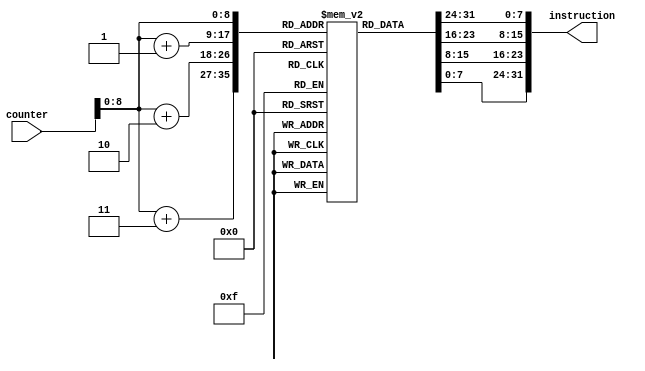
module InstructionMemory
(
	input wire [31:0]counter,
	output reg [31:0]instruction
);

	reg [7:0] Memory [0:511];
	
	always @(*)
		begin
			instruction <= {Memory[counter], Memory[counter+1], Memory[counter+2], Memory[counter+3]};
		end
		
	initial
		begin
			/* FILE */
			// $readmemb("C:\\\\Users\\\\...\\\\DataInit.list", Memory);
			
			/* LOCAL */
			// ADDI $1 $0 #1
			Memory[0]   <= 8'b00100000;
			Memory[1]   <= 8'b00000001;
			Memory[2]   <= 8'b00000000;
			Memory[3]   <= 8'b00000001;
			// LW $2 $0 #2
			Memory[4]   <= 8'b10001100;
			Memory[5]   <= 8'b00000010;
			Memory[6]   <= 8'b00000000;
			Memory[7]   <= 8'b00000010;
			// ADDI $3 $0 #6
			Memory[8]   <= 8'b00100000;
			Memory[9]   <= 8'b00000011;
			Memory[10]  <= 8'b00000000;
			Memory[11]  <= 8'b00000110;
			// LW $4 $0 #0
			Memory[12]  <= 8'b10001100;
			Memory[13]  <= 8'b00000100;
			Memory[14]  <= 8'b00000000;
			Memory[15]  <= 8'b00000000;
			// ADDI $5 $0 #2
			Memory[16]  <= 8'b00100000;
			Memory[17]  <= 8'b00000101;
			Memory[18]  <= 8'b00000000;
			Memory[19]  <= 8'b00000010;
			// LW $6 $0 #1
			Memory[20]  <= 8'b10001100;
			Memory[21]  <= 8'b00000110;
			Memory[22]  <= 8'b00000000;
			Memory[23]  <= 8'b00000001;
			// MULT $7 $4 $2
			Memory[24]  <= 8'b00000000;
			Memory[25]  <= 8'b01000100;
			Memory[26]  <= 8'b00111000;
			Memory[27]  <= 8'b00011000;
			// MULT $8 $2 $2
			Memory[28]  <= 8'b00000000;
			Memory[29]  <= 8'b01000010;
			Memory[30]  <= 8'b01000000;
			Memory[31]  <= 8'b00011000;
			// MULT $9 $1 $2
			Memory[32]  <= 8'b00000000;
			Memory[33]  <= 8'b00100011;
			Memory[34]  <= 8'b01001000;
			Memory[35]  <= 8'b00011000;
			// MULT $10 $5 $1
			Memory[36]  <= 8'b00000000;
			Memory[37]  <= 8'b00100101;
			Memory[38]  <= 8'b01010000;
			Memory[39]  <= 8'b00011000;
			// MULT $11 $6 $9
			Memory[40]  <= 8'b00000000;
			Memory[41]  <= 8'b11001001;
			Memory[42]  <= 8'b01011000;
			Memory[43]  <= 8'b00011000;
			// ADD $12 $8 $11
			Memory[44]  <= 8'b00000001;
			Memory[45]  <= 8'b00001011;
			Memory[46]  <= 8'b01100000;
			Memory[47]  <= 8'b00100000;
			// J #32
			Memory[48]  <= 8'b00001000;
			Memory[49]  <= 8'b00000000;
			Memory[50]  <= 8'b00000000;
			Memory[51]  <= 8'b00100000;
			// ADD $14 $7 $13
			Memory[52]  <= 8'b00000000;
			Memory[53]  <= 8'b11101101;
			Memory[54]  <= 8'b01110000;
			Memory[55]  <= 8'b00100000;
			// SUB $15 $7 $13
			Memory[56]  <= 8'b00000000;
			Memory[57]  <= 8'b11101101;
			Memory[58]  <= 8'b01111000;
			Memory[59]  <= 8'b00100010;
			// DIV $16 $14 $10
			Memory[60]  <= 8'b00000001;
			Memory[61]  <= 8'b11001010;
			Memory[62]  <= 8'b10000000;
			Memory[63]  <= 8'b00011010;
			// DIV $17 $15 $10
			Memory[64]  <= 8'b00000001;
			Memory[65]  <= 8'b11101010;
			Memory[66]  <= 8'b10001000;
			Memory[67]  <= 8'b00011010;
			// DIV $18 $7 $1
			Memory[68]  <= 8'b00000000;
			Memory[69]  <= 8'b11100001;
			Memory[70]  <= 8'b10010000;
			Memory[71]  <= 8'b00011010;
			// DIV $19 $3 $1
			Memory[72]  <= 8'b00000000;
			Memory[73]  <= 8'b01100001;
			Memory[74]  <= 8'b10011000;
			Memory[75]  <= 8'b00011010;
			// MULT $20 $5 $9
			Memory[76]  <= 8'b00000001;
			Memory[77]  <= 8'b00100101;
			Memory[78]  <= 8'b10100000;
			Memory[79]  <= 8'b00011000;
			// SUB $21 $8 $20
			Memory[80]  <= 8'b00000001;
			Memory[81]  <= 8'b00010100;
			Memory[82]  <= 8'b10101000;
			Memory[83]  <= 8'b00100010;
			// MULT $22 $1 $1
			Memory[84]  <= 8'b00000000;
			Memory[85]  <= 8'b00100001;
			Memory[86]  <= 8'b10110000;
			Memory[87]  <= 8'b00011000;
			// DIV $23 $21 $22
			Memory[88]  <= 8'b00000010;
			Memory[89]  <= 8'b10110110;
			Memory[90]  <= 8'b10111000;
			Memory[91]  <= 8'b00011010;
			// SW $1 $0 #10
			Memory[92]  <= 8'b10101100;
			Memory[93]  <= 8'b00000001;
			Memory[94]  <= 8'b00000000;
			Memory[95]  <= 8'b00001010;
			// SW $2 $0 #11
			Memory[96]  <= 8'b10101100;
			Memory[97]  <= 8'b00000010;
			Memory[98]  <= 8'b00000000;
			Memory[99]  <= 8'b00001011;
			// SW $3 $0 #12
			Memory[100] <= 8'b10101100;
			Memory[101] <= 8'b00000011;
			Memory[102] <= 8'b00000000;
			Memory[103] <= 8'b00001100;
			// SW $16 $0 #13
			Memory[104] <= 8'b10101100;
			Memory[105] <= 8'b00010000;
			Memory[106] <= 8'b00000000;
			Memory[107] <= 8'b00001101;
			// SW $17 $0 #14
			Memory[108] <= 8'b10101100;
			Memory[109] <= 8'b00010001;
			Memory[110] <= 8'b00000000;
			Memory[111] <= 8'b00001110;
			// SW $18 $0 #15
			Memory[112] <= 8'b10101100;
			Memory[113] <= 8'b00010010;
			Memory[114] <= 8'b00000000;
			Memory[115] <= 8'b00001111;
			// SW $19 $0  #16
			Memory[116] <= 8'b10101100;
			Memory[117] <= 8'b00010011;
			Memory[118] <= 8'b00000000;
			Memory[119] <= 8'b00010000;
			// SW $23 $0 #17
			Memory[120] <= 8'b10101100;
			Memory[121] <= 8'b00010111;
			Memory[122] <= 8'b00000000;
			Memory[123] <= 8'b00010001;
			// J #50
			Memory[124] <= 8'b00001000;
			Memory[125] <= 8'b00000000;
			Memory[126] <= 8'b00000000;
			Memory[127] <= 8'b00110010;
			// SLT $13 $1 $2
			Memory[128] <= 8'b00000000;
			Memory[129] <= 8'b00100000;
			Memory[130] <= 8'b01101000;
			Memory[131] <= 8'b00101010;
			// BEQ $12 $13 #15
			Memory[132] <= 8'b00010001;
			Memory[133] <= 8'b10001101;
			Memory[134] <= 8'b00000000;
			Memory[135] <= 8'b00001111;
			// ADDI $13 $0 #1
			Memory[136] <= 8'b00100000;
			Memory[137] <= 8'b00001101;
			Memory[138] <= 8'b00000000;
			Memory[139] <= 8'b00000001;
			// BEQ $12 $13 #13
			Memory[140] <= 8'b00010001;
			Memory[141] <= 8'b10001101;
			Memory[142] <= 8'b00000000;
			Memory[143] <= 8'b00001101;
			// ADDI $13 $0 #2
			Memory[144] <= 8'b00100000;
			Memory[145] <= 8'b00001101;
			Memory[146] <= 8'b00000000;
			Memory[147] <= 8'b00000010;
			// ADDI $31 $0 #4
			Memory[148] <= 8'b00100000;
			Memory[149] <= 8'b00011111;
			Memory[150] <= 8'b00000000;
			Memory[151] <= 8'b00000100;
			// BEQ $12 $31 #10
			Memory[152] <= 8'b00010001;
			Memory[153] <= 8'b10011111;
			Memory[154] <= 8'b00000000;
			Memory[155] <= 8'b00001010;
			// ADDI $13 $0 #3
			Memory[156] <= 8'b00100000;
			Memory[157] <= 8'b00001101;
			Memory[158] <= 8'b00000000;
			Memory[159] <= 8'b00000011;
			// ADDI $31 $0 #9
			Memory[160] <= 8'b00100000;
			Memory[161] <= 8'b00011111;
			Memory[162] <= 8'b00000000;
			Memory[163] <= 8'b00001001;
			// BEQ $12 $31 #7
			Memory[164] <= 8'b00010001;
			Memory[165] <= 8'b10011111;
			Memory[166] <= 8'b00000000;
			Memory[167] <= 8'b00000111;
			// ADDI $13 $0 #4
			Memory[168] <= 8'b00100000;
			Memory[169] <= 8'b00001101;
			Memory[170] <= 8'b00000000;
			Memory[171] <= 8'b00000100;
			// ADDI $31 $0 #16
			Memory[172] <= 8'b00100000;
			Memory[173] <= 8'b00011111;
			Memory[174] <= 8'b00000000;
			Memory[175] <= 8'b00010000;
			// BEQ $12 $31 #4
			Memory[176] <= 8'b00010001;
			Memory[177] <= 8'b10011111;
			Memory[178] <= 8'b00000000;
			Memory[179] <= 8'b00000100;
			// ADDI $13 $0 #5
			Memory[180] <= 8'b00100000;
			Memory[181] <= 8'b00001101;
			Memory[182] <= 8'b00000000;
			Memory[183] <= 8'b00000101;
			// ADDI $31 $0 #25
			Memory[184] <= 8'b00100000;
			Memory[185] <= 8'b00011111;
			Memory[186] <= 8'b00000000;
			Memory[187] <= 8'b00011001;
			// BEQ $12 $31 #1
			Memory[188] <= 8'b00010001;
			Memory[189] <= 8'b10011111;
			Memory[190] <= 8'b00000000;
			Memory[191] <= 8'b00000001;
			// J #50
			Memory[192] <= 8'b00001000;
			Memory[193] <= 8'b00000000;
			Memory[194] <= 8'b00000000;
			Memory[195] <= 8'b00110010;
			// J #13
			Memory[196] <= 8'b00001000;
			Memory[197] <= 8'b00000000;
			Memory[198] <= 8'b00000000;
			Memory[199] <= 8'b00001101;			
		end

endmodule